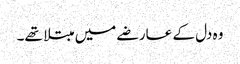
وہ دل کے عارضے میں مبتلا تھے۔